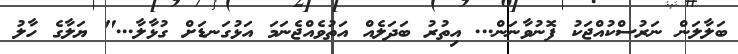
ބަލާލަން ނަރުސްކުއްޖަކު ފޮނުވާނަން... އިތުރު ބަދަލެއް އަތުވެއްޖެނަމަ އަޅުގަނޑަށް ގުޅާލާ..." ޔަލާގެ ހާލު